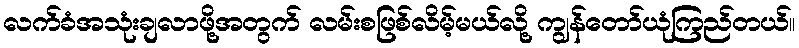
လက်ခံအသုံးချလာဖို့အတွက် လမ်းစဖြစ်လိမ့်မယ်လို့ ကျွန်တော်ယုံကြည်တယ်။